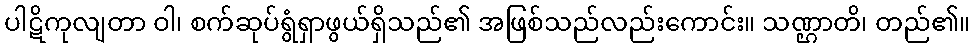
ပါဋိကုလျတာ ဝါ၊ စက်ဆုပ်ရွံရှာဖွယ်ရှိသည်၏ အဖြစ်သည်လည်းကောင်း။ သဏ္ဌာတိ၊ တည်၏။